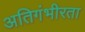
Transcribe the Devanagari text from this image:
अतिगंभीरता